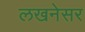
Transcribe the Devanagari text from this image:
लखनेसर